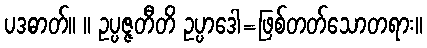
ပဒဓာတ်။ ။ ဥပ္ပဇ္ဇတီတိ ဥပ္ပာဒေါ=ဖြစ်တတ်သောတရား။